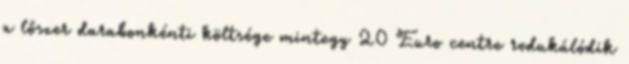
a lőszer darabonkénti költsége mintegy 20 Euro centre redukálódik